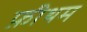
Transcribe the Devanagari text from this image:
फ़ीथम